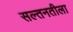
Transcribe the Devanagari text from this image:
सल्तनतीला